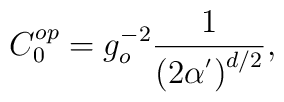
C_{0}^{op}=g_{o}^{-2}\frac{1}{\left(  2\alpha^{^{\prime}}\right)  ^{d/2}},